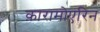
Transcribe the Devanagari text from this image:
क़ारामोएरिन